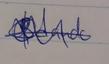
Signature authenticity: genuine